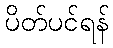
ပိတ်ပင်ရန်